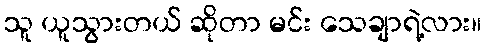
သူ ယူသွားတယ် ဆိုတာ မင်း သေချာရဲ့လား။